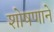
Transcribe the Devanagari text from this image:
शोषणाने